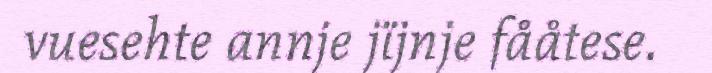
vuesehte annje jïjnje fååtese.